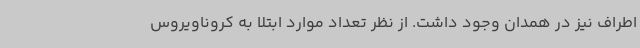
اطراف نیز در همدان وجود داشت. از نظر تعداد موارد ابتلا به کروناویروس